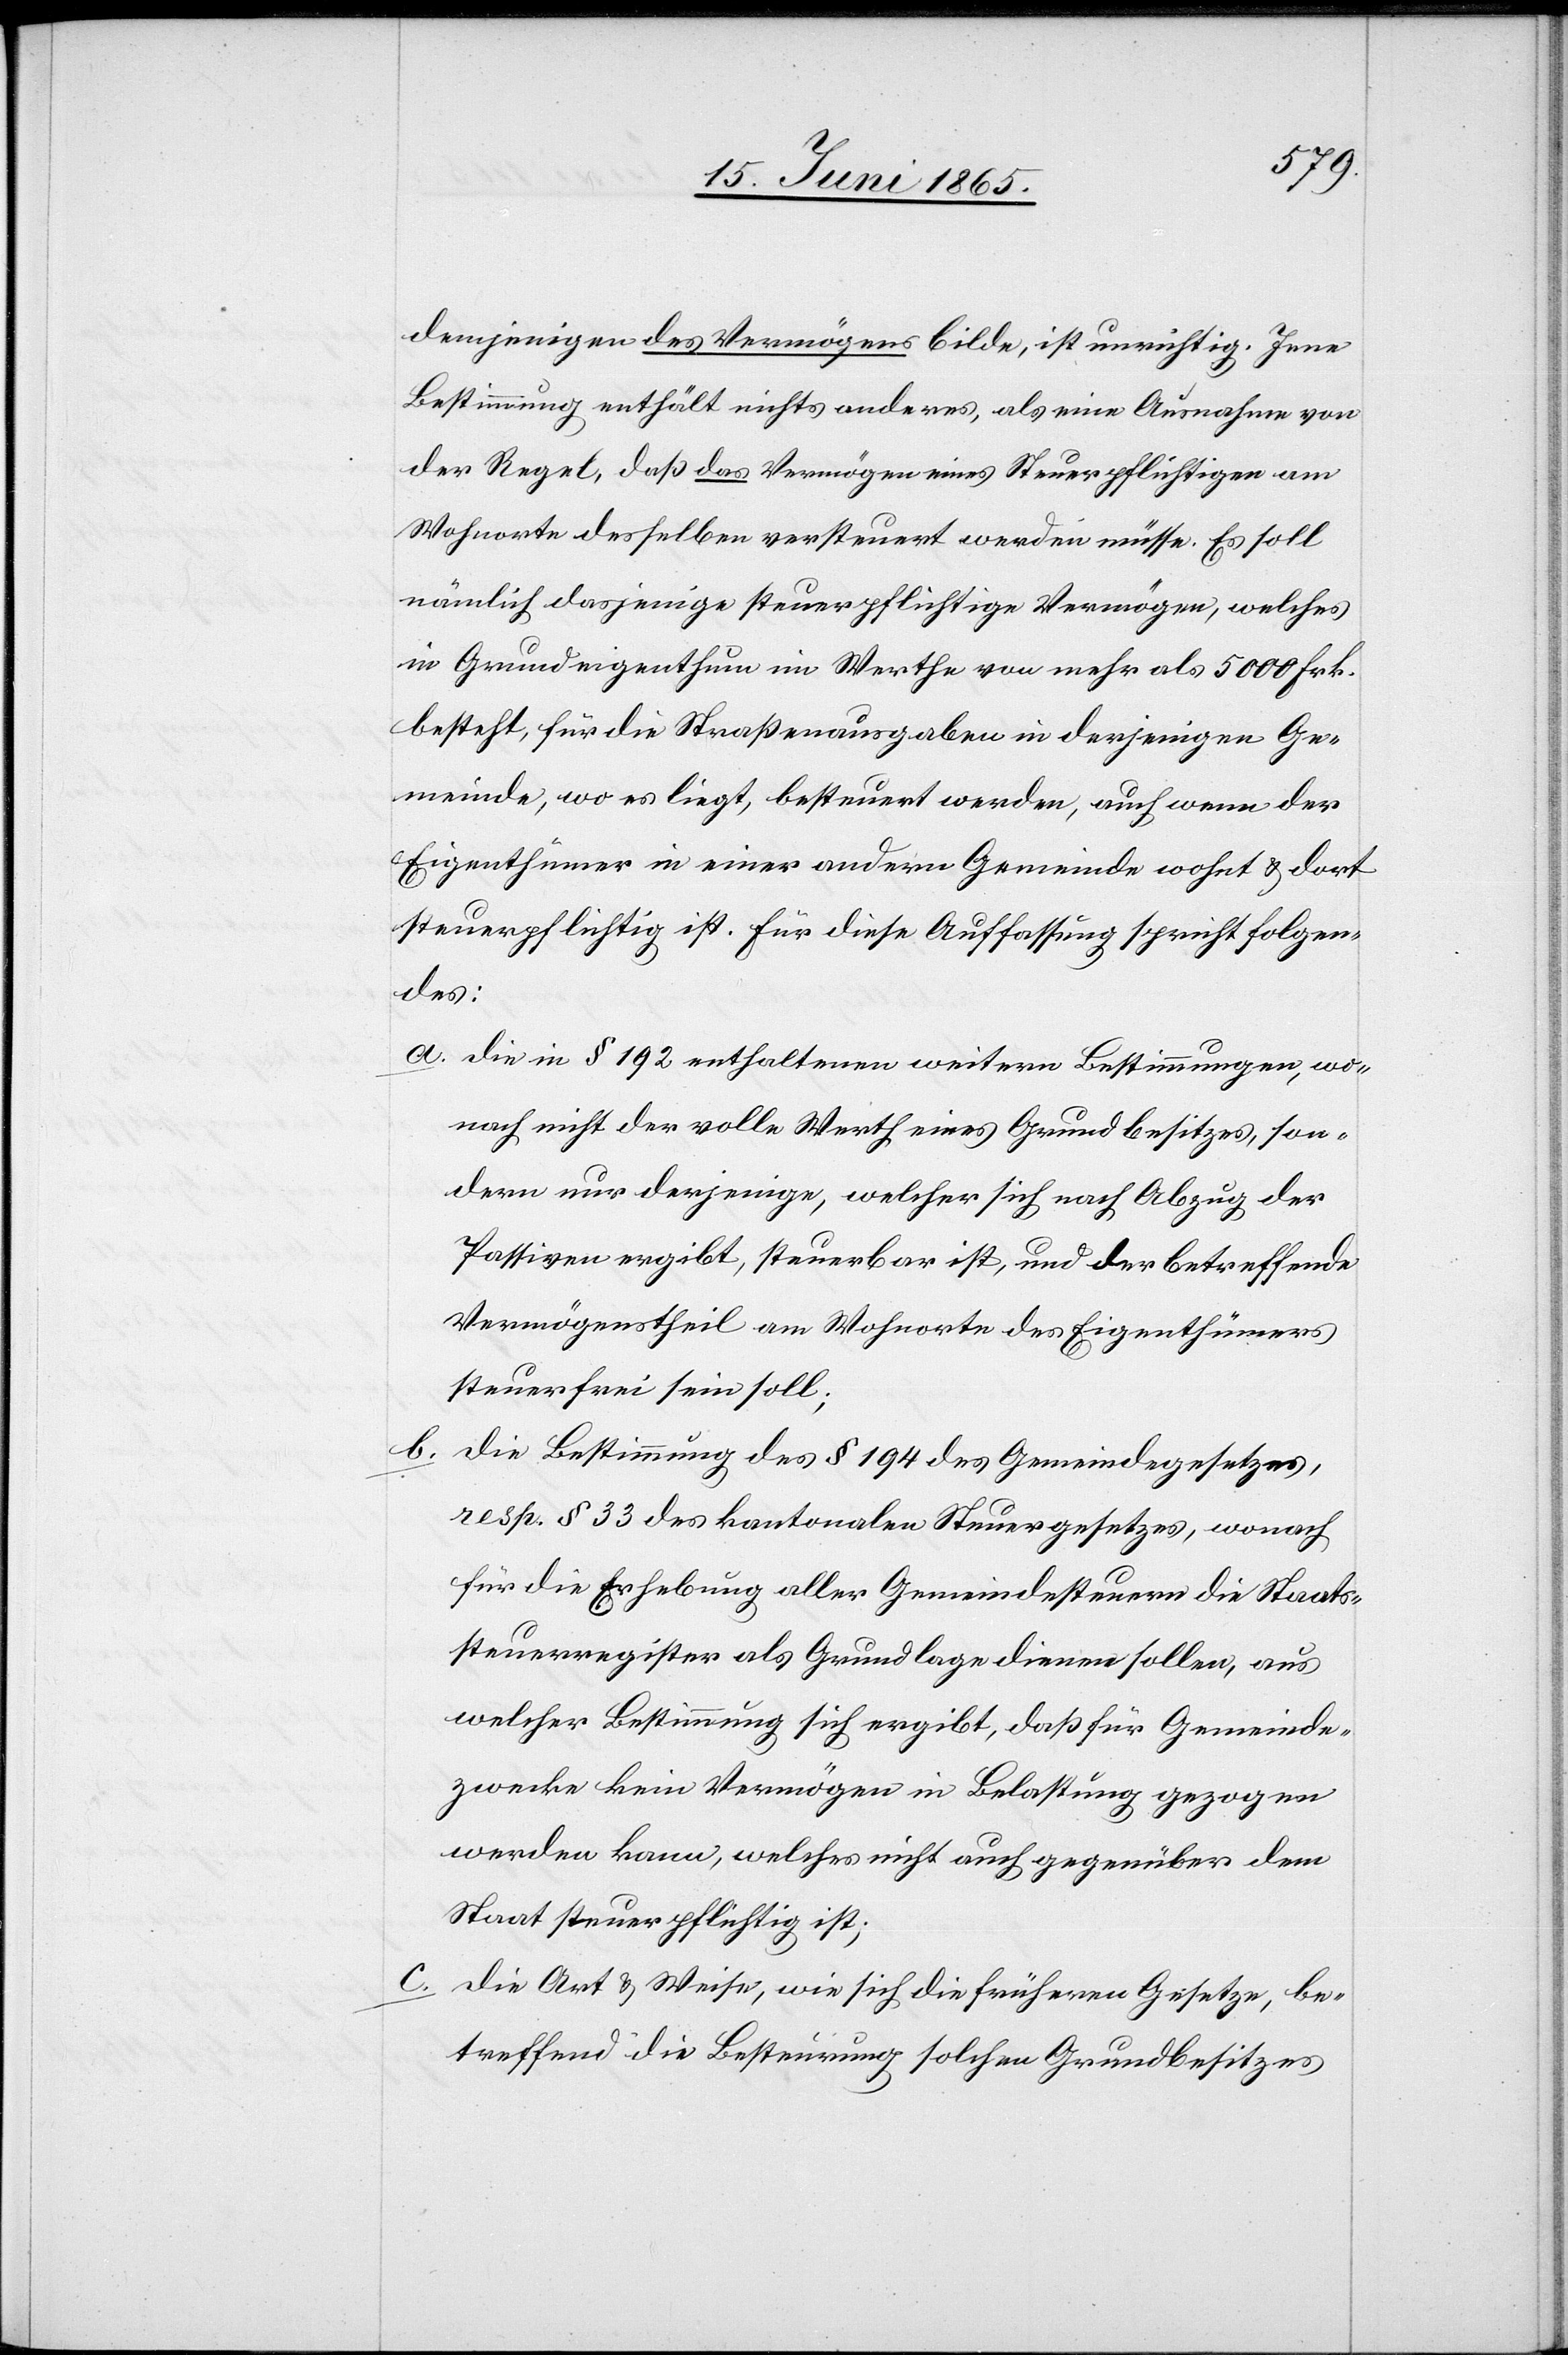
demjenigen des Vermögens bilde, ist unrichtig. Jene
Bestimmung enthält nichts anderes, als eine Ausnahme von
der Regel, daß das Vermögen eines Steuerpflichtigen am
Wohnorte desselben versteuert werden müsse. Es soll
nämlich dasjenige steuerpflichtige Vermögen, welches
in Grundeigenthum im Werthe von mehr als 5000 Frk.
besteht, für die Straßenausgaben in derjenigen Ge¬
meinde, wo es liegt, besteuert werden, auch wenn der
Eigenthümer in einer andern Gemeinde wohnt & dort
steuerpflichtig ist. Für diese Auffassung spricht folgen¬
des:
a. Die in § 192 enthaltenen weitern Bestimmungen, wo¬
nach nicht der volle Werth eines Grundbesitzes, son¬
dern nur derjenige, welcher sich nach Abzug der
Passiven ergibt, steuerbar ist, und der betreffende
Vermögenstheil am Wohnorte des Eigenthümers
steuerfrei sein soll;
b. Die Bestimmung des § 194 des Gemeindegesetzes,
resp. § 33 des kantonalen Steuergesetzes, wonach
für die Erhebung aller Gemeindesteuern die Staats¬
steuerregister als Grundlage dienen sollen, aus
welcher Bestimmung sich ergibt, daß für Gemeind¬
zwecke kein Vermögen in Belastung gezogen
werden kann, welches nicht auch gegenüber dem
Staat steuerpflichtig ist;
c. Die Art & Weise, wie sich die früheren Gesetzes, be¬
treffend die Bestimmung solchen Grundbesitzes